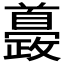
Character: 𩠰